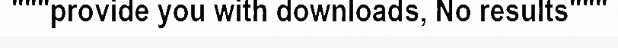
"""provide you with downloads, No results"""